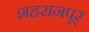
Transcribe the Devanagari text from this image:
शहरानपूर